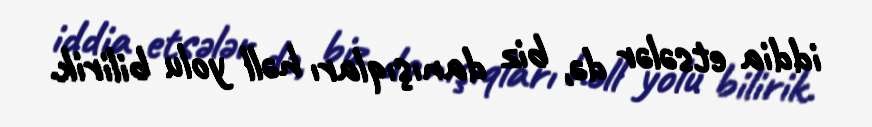
iddia etsələr də, biz danışıqları həll yolu bilirik.